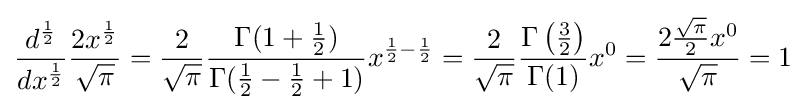
{\dfrac {d^{\frac {1}{2}}}{dx^{\frac {1}{2}}}}{\dfrac {2x^{\frac {1}{2}}}{\sqrt {\pi }}}={\frac {2}{\sqrt {\pi }}}{\dfrac {\Gamma (1+{\frac {1}{2}})}{\Gamma ({\frac {1}{2}}-{\frac {1}{2}}+1)}}x^{{\frac {1}{2}}-{\frac {1}{2}}}={\frac {2}{\sqrt {\pi }}}{\frac {\Gamma \left({\frac {3}{2}}\right)}{\Gamma (1)}}x^{0}={\frac {2{\frac {\sqrt {\pi }}{2}}x^{0}}{\sqrt {\pi }}}=1